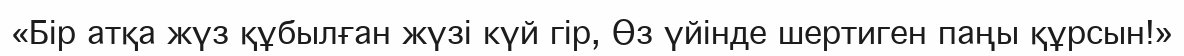
«Бір атқа жүз құбылған жүзі күй гір, Өз үйінде шертиген паңы құрсын!»